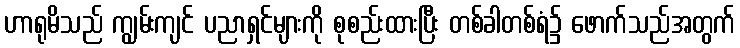
ဟာရုမိသည် ကျွမ်းကျင် ပညာရှင်များကို စုစည်းထားပြီး တစ်ခါတစ်ရံ၌ ဖောက်သည်အတွက်